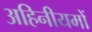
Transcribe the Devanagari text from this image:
अहिनीयमों